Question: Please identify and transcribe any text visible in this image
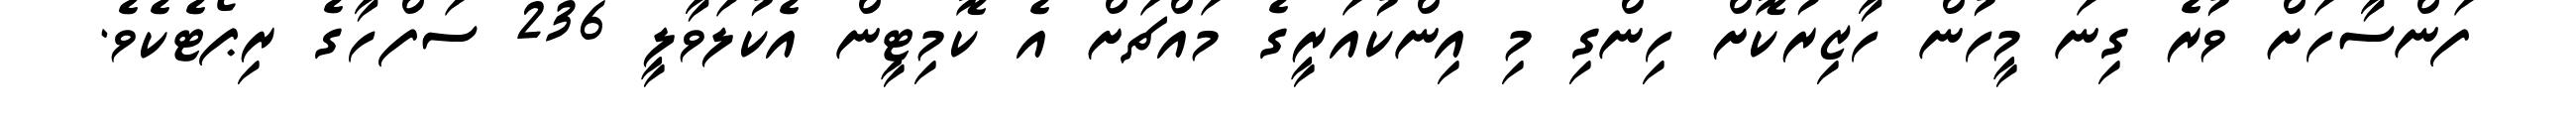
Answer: ފަންސާހަށް ވުރެ ގިނަ މީހުން ހާޒިރުކޮށް ހިންގި މި އިންކުއަރީގެ މައްޗަށް އެ ކޮމިޓީން އެކުލަވާލީ 236 ސަފްހާގެ ރިޕޯޓެކެވެ.